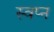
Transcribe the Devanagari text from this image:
स्वप्‍न